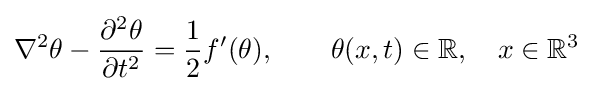
\nabla ^{2}\theta -{\frac {\partial ^{2}\theta }{\partial t^{2}}}={\frac {1}{2}}f'(\theta ),\qquad \theta (x,t)\in \mathbb {R} ,\quad x\in \mathbb {R} ^{3}